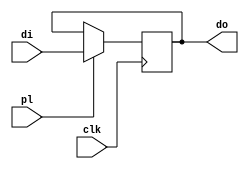
`timescale 1ns / 1ps
//////////////////////////////////////////////////////////////////////////////////
// Company: 
// Engineer: 
// 
// Design Name: 
// Module Name: regn_pl
// Project Name: 
// Target Devices: 
// Tool Versions: 
// Description: 
// 
// Dependencies: 
// 
// Revision:
// Revision 0.01 - File Created
// Additional Comments:
// 
//////////////////////////////////////////////////////////////////////////////////


module regn_pl#(parameter n=32)(input clk,input pl,input [n-1:0] di,output reg [n-1:0] do);
always@(posedge clk)
begin
if(pl)
    do=di;
end
endmodule